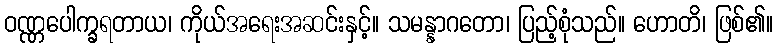
ဝဏ္ဏပေါက္ခရတာယ၊ ကိုယ်အရေးအဆင်းနှင့်။ သမန္နာဂတော၊ ပြည့်စုံသည်။ ဟောတိ၊ ဖြစ်၏။